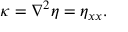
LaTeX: \kappa = \nabla ^ { 2 } \eta = \eta _ { x x } .